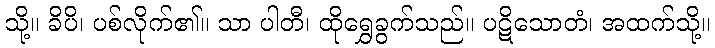
သို့။ ခိပိ၊ ပစ်လိုက်၏။ သာ ပါတီ၊ ထိုရွှေခွက်သည်။ ပဋိသောတံ၊ အထက်သို့။